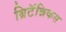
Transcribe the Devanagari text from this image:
ब्रिटॅन्निकस